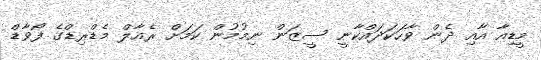
މީޑިއާ އާއި ދެން ވާހަކަދައްކާނީ ސީޒަން ނިމުމުން ކަމަށް ރެއާލް މެޑްރިޑްގެ ފޯވާޑް